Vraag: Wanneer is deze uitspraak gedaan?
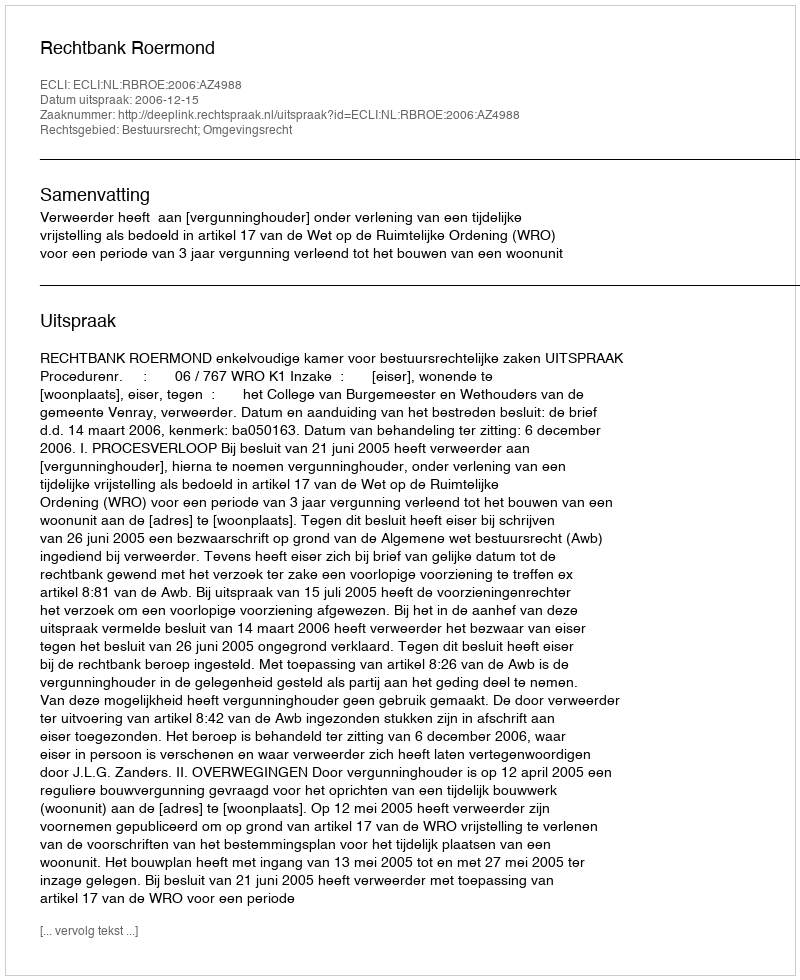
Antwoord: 2006-12-15